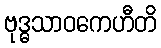
ဗုဒ္ဓသာဝကေဟီတိ